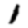
Digit: 1